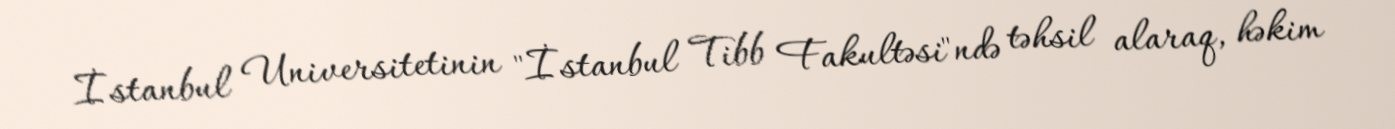
İstanbul Universitetinin "İstanbul Tibb Fakultəsi"ndə təhsil alaraq, həkim